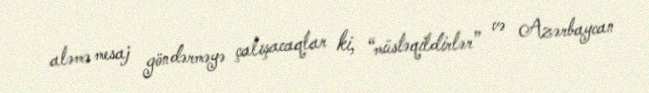
aləmə mesaj göndərməyə çalışacaqlar ki, “müstəqildirlər” və Azərbaycan